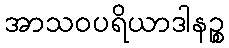
အာသဝပရိယာဒါနဉ္စ